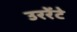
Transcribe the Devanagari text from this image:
उररेंटे